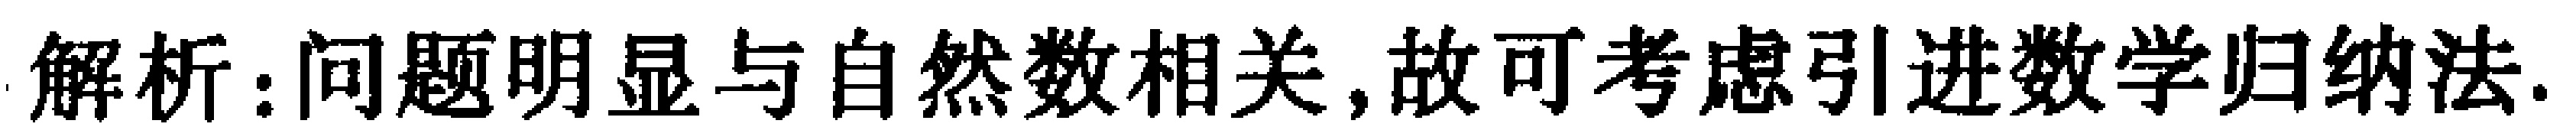
解析：问题明显与自然数相关,故可考虑引进数学归纳法.